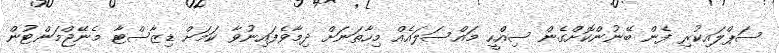
ސަޕްލައިކުރި ފެން ބޭނުންކޮށްގެން ސިއްހީ މައްސަލައެއް މިހާތަނަށް ދިމާވެފައިނުވާ ކަމަށް ޑިޒާސްޓާ މެނޭޖްމަންޓުން